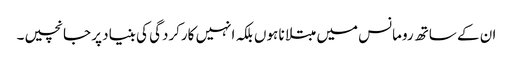
ان کے ساتھ رومانس میں مبتلا نا ہوں بلکہ انہیں کارکردگی کی بنیاد پر جانچیں۔